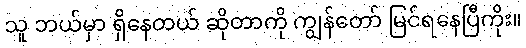
သူ ဘယ်မှာ ရှိနေတယ် ဆိုတာကို ကျွန်တော် မြင်ရနေပြီကိုး။